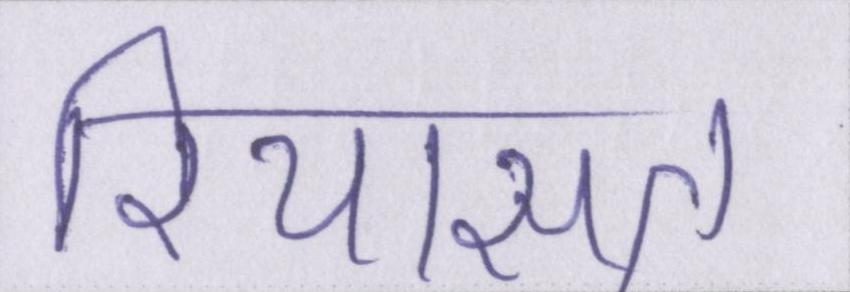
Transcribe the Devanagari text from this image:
रियासत